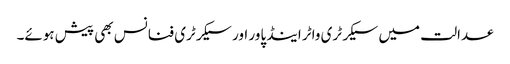
عدالت میں سیکرٹری واٹر اینڈ پاور اور سیکرٹری فنانس بھی پیش ہوئے۔